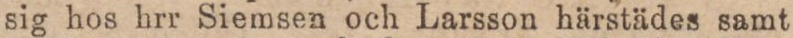
sig hos hrr Siemsen och Larsson härstädes samt